Note on the mental hospitals in Burma - 1925-1940
Year: 1925
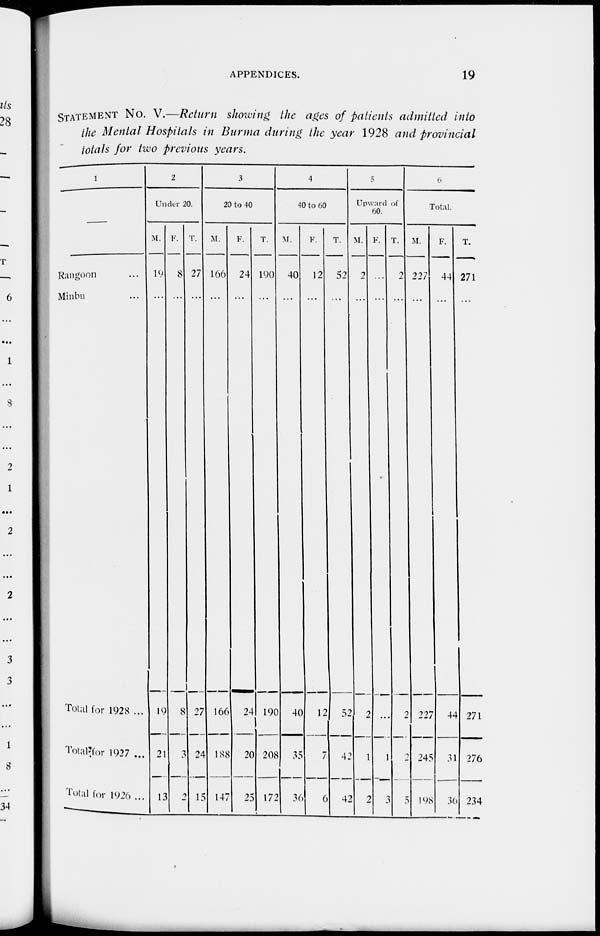
APPENDICES.
19
STATEMENT No. V.—Return showing the ages of patients admitted into
the Mental Hospitals in Burma during the year 1928 and provincial
totals for two previous years.
1
—
Rangoon ...
Minbu ...
Total for 1928 ...
Total for 1927 ...
Total for 1926 ...
2
Under 20.
M.
19
...
19
21
13
F.
8
...
8
3
2
T.
27
...
27
24
15
3
20 to 40
M.
166
...
166
188
147
F.
24
...
24
20
25
T.
190
...
190
208
172
4
40 to 69
M.
40
...
40
35
36
F.
12
...
12
7
6
T.
52
...
52
42
42
5
Upward of
60.
M.
2
...
2
1
2
F.
...
...
...
1
3
T.
2
...
2
2
5
6
Total.
M.
227
...
227
245
198
F.
44
...
44
31
30
T.
271
...
271
276
234